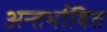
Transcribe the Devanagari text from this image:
अन्तर्भावित